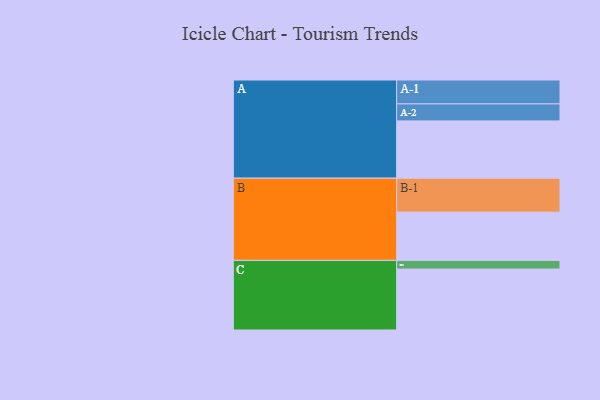
{"axis": {"x": "Segment", "y": "Value"}, "legend": ["", "A", "B", "C"], "data": [{"x": "A", "y": 501, "type": ""}, {"x": "B", "y": 422, "type": ""}, {"x": "C", "y": 533, "type": ""}, {"x": "A-1", "y": 209, "type": "A"}, {"x": "A-2", "y": 149, "type": "A"}, {"x": "B-1", "y": 297, "type": "B"}, {"x": "C-1", "y": 76, "type": "C"}]}